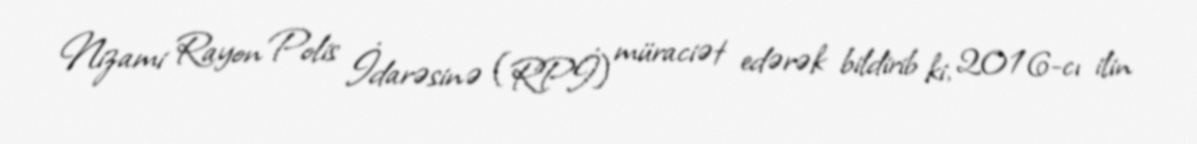
Nizami Rayon Polis İdarəsinə (RPİ) müraciət edərək bildirib ki, 2016-cı ilin